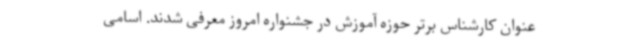
عنوان کارشناس برتر حوزه آموزش در جشنواره امروز معرفی شدند. اسامی